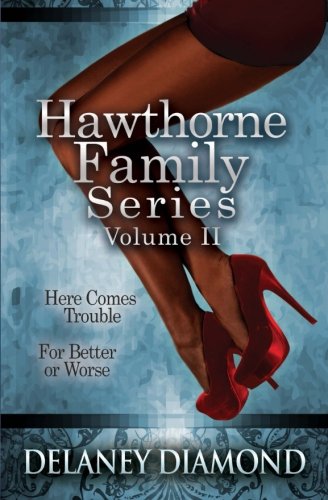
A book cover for Hawthorne Family Series Volume II; Delaney Diamond; Romance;